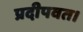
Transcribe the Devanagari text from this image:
प्रदीपवत।